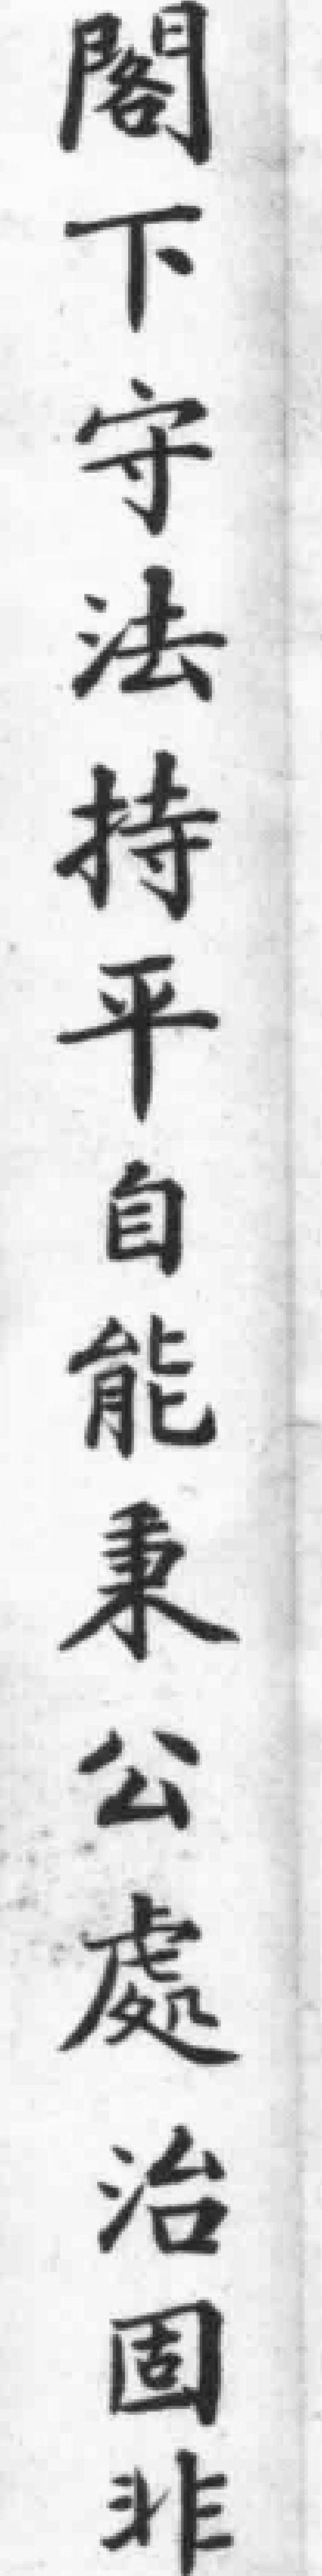
閣下守法持平自能秉公處治固非